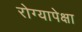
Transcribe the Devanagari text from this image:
रोग्यापेक्षा